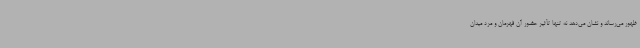
ظهور می‌رساند و نشان می‌دهد نه تنها تأثیر حضور آن قهرمان و مرد میدان